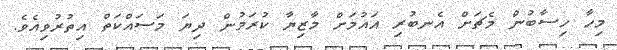
މިހާ ހިސާބުން މެޗަށް އެނބުރި އައުމަށް މާޒިޔާ ކުރަމުން ދިޔަ މަސައްކަތް އިތުރުވިއެވެ.